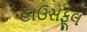
હાઉસફૂલ